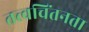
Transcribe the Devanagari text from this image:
तत्त्वचिंतनता